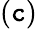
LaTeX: (\mathtt{c})